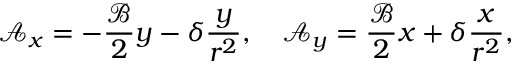
\mathcal { A } _ { x } = - \frac { \mathcal { B } } { 2 } y - \delta \frac { y } { r ^ { 2 } } , \quad \mathcal { A } _ { y } = \frac { \mathcal { B } } { 2 } x + \delta \frac { x } { r ^ { 2 } } ,